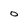
Character: o